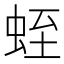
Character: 蛭